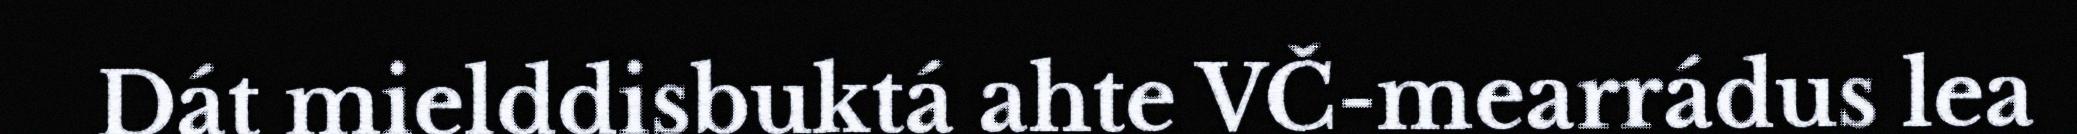
Dát mielddisbuktá ahte VČ-mearrádus lea